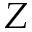
Z